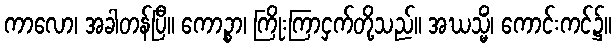
ကာလော၊ အခါတန်ပြီ။ ကောဉ္စာ၊ ကြိုးကြာငှက်တို့သည်။ အဃသ္မိံ၊ ကောင်းကင်၌။